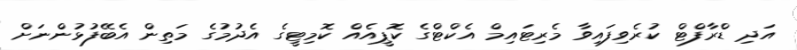
އަދި ޑްރާފްޓް ކުރެވިފައިވާ މެރިޓައިމް އެކްޓްގެ ކޮޕީއެއް ކޮމިޓީގެ އެދުމުގެ މަތިން އެބޭފުޅުންނަށް